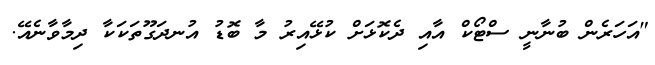
"އަހަރެން ބުނާނީ ސްޓޯކް އާއި ދެކޮޅަށް ކުޅޭއިރު މާ ބޮޑު އުނދަގޫތަކަކާ ދިމާވާނެއޭ.